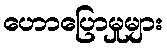
ဟောပြောမှုများ